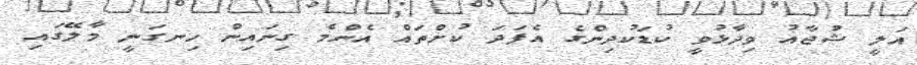
އަލީ ޝުޖާއު ވިދާޅުވީ ކުޑަކުދިންގެ އެފަދަ ކުށްތައް އެންމެ ގިނައިން ހިނގަނީ މާލޭގައި